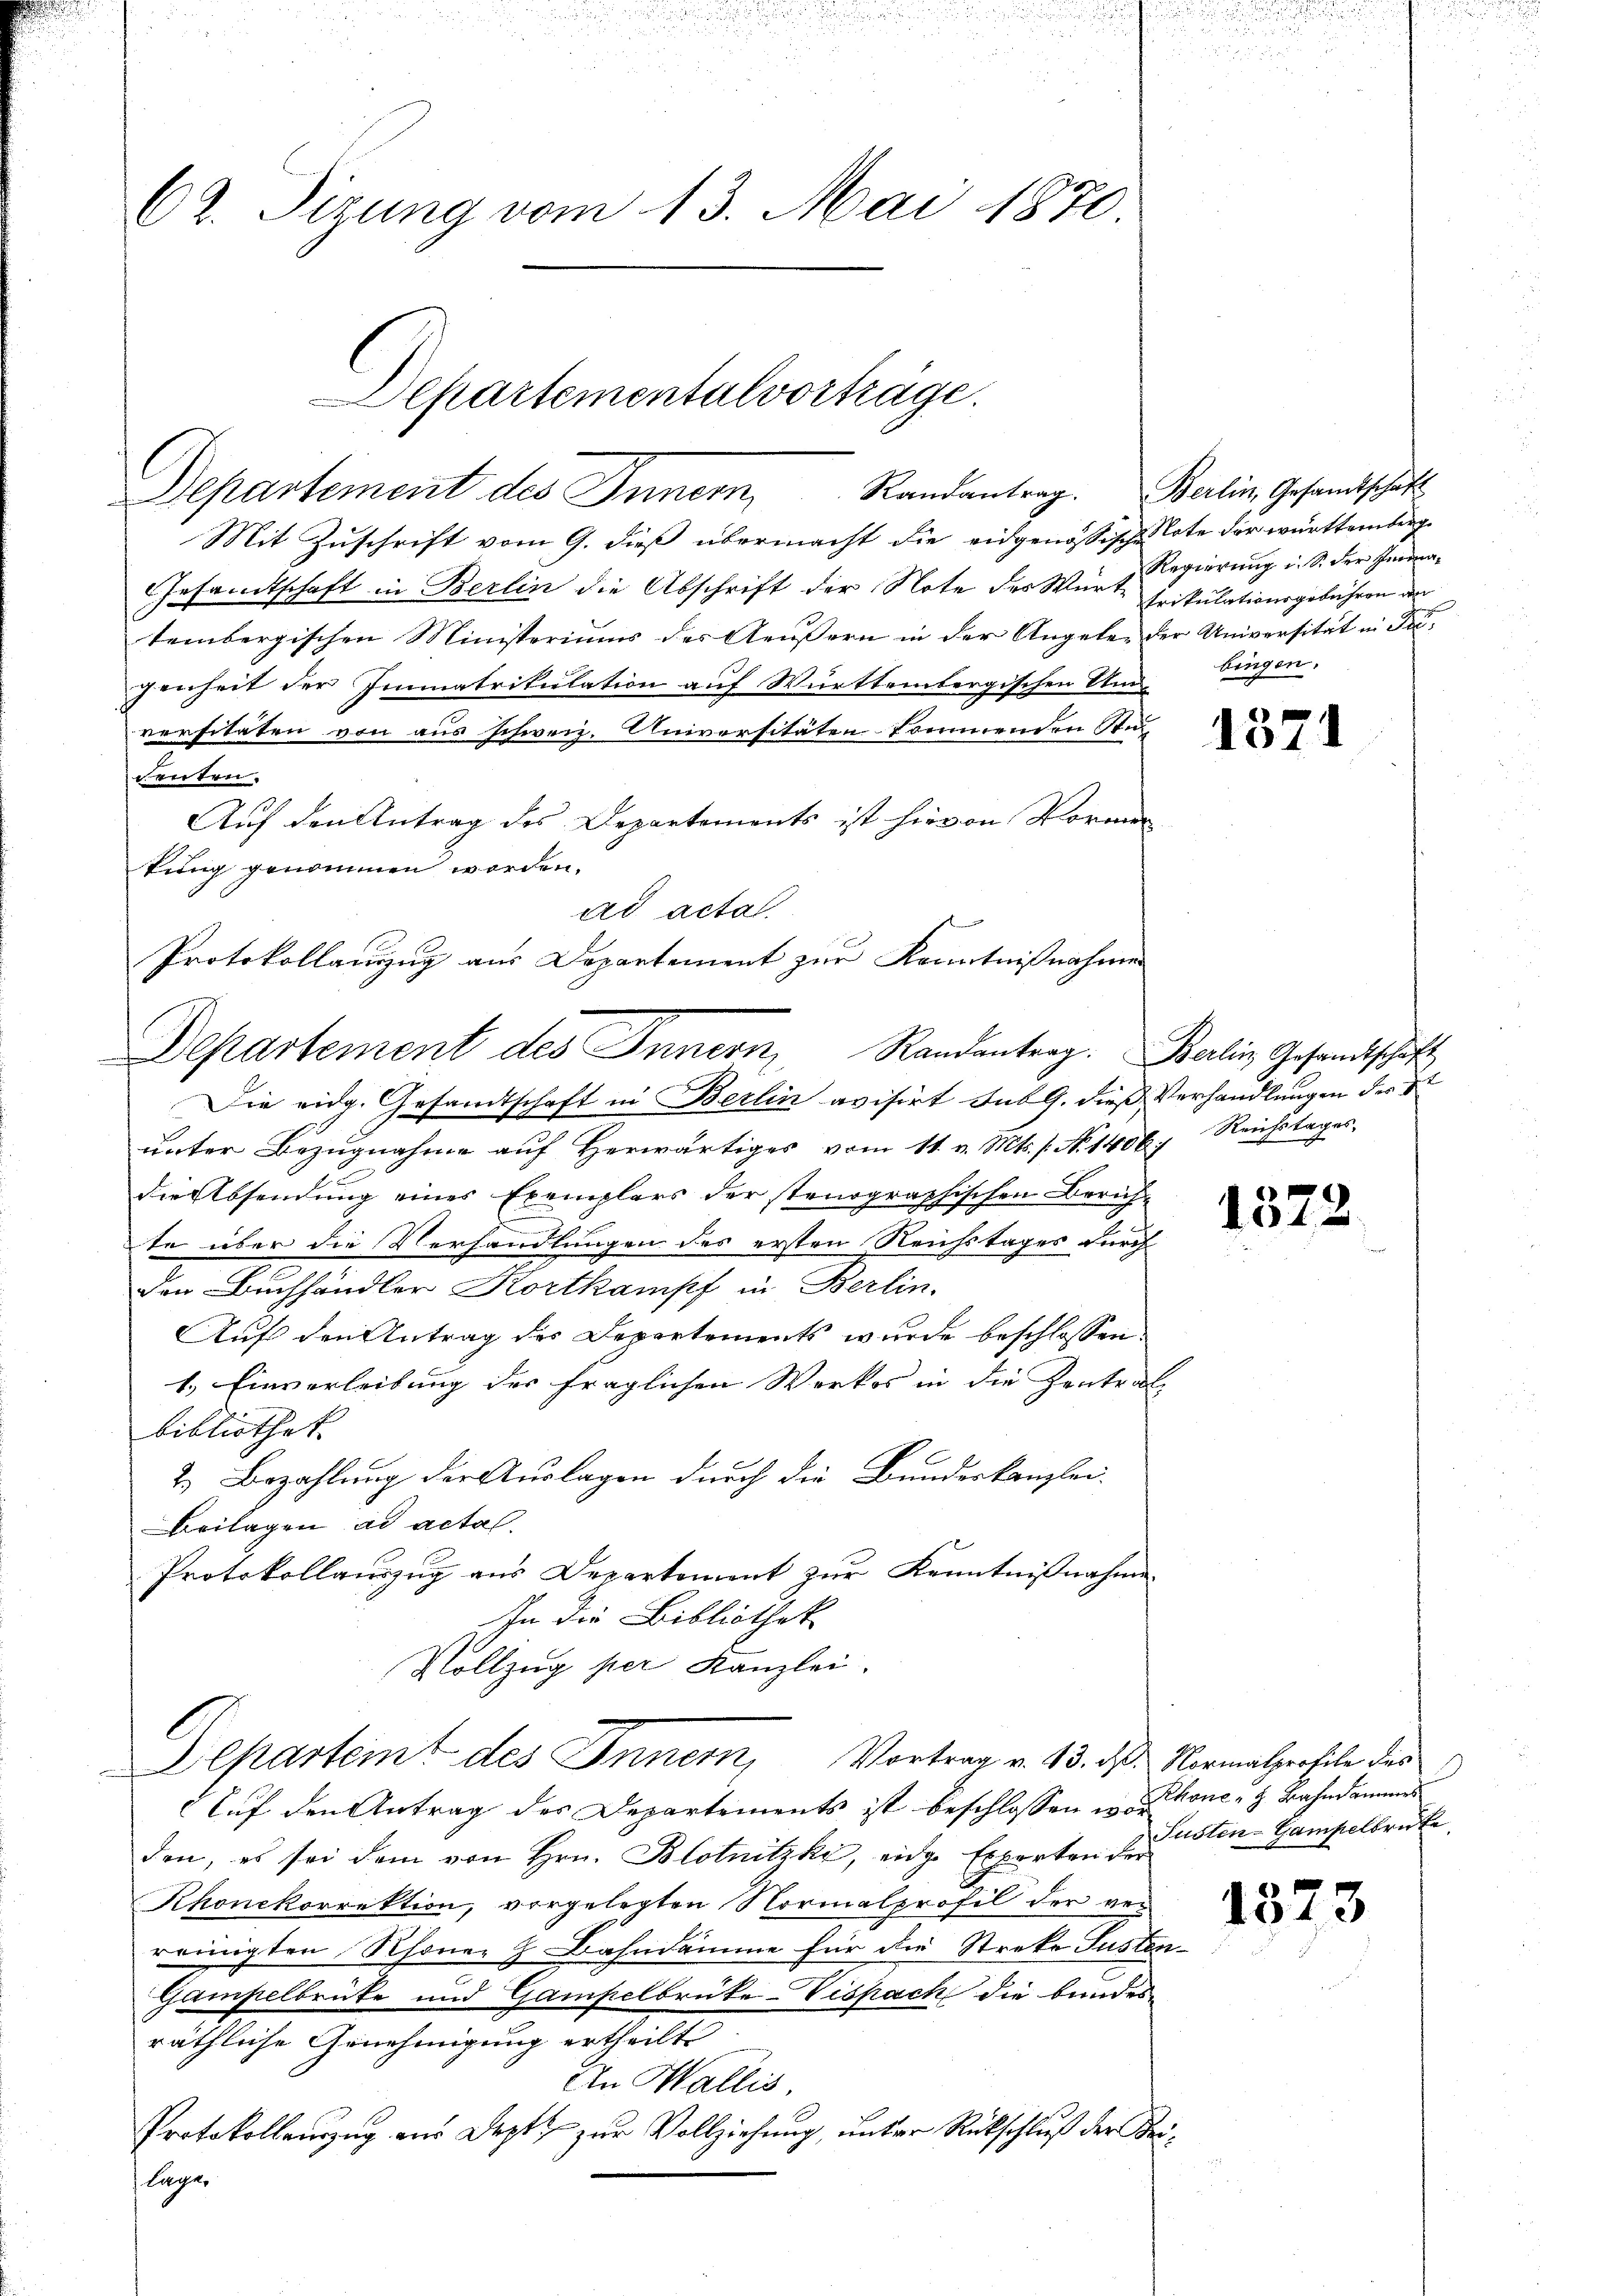
din

n
u
u
62. Sizung vom 13. Mai 1870.

Departementalvorträge.
Departement des Innern Randantrag. Berlin, Gesandtschaft

Mit Zuschrift vom 9. dieß übermacht die eidgenössische Note der württemberg
Gesandtschaft in Berlin die Abschrift der Note des Würte Frikulationsgebühren an
tembergischen Ministeriums des Aeussern in der Angelen der Universität in dei-
genheit der Immatrikulation auf Württembergischen Umversitäten von aus schweiz. Universitätenkommenden Sti
enten.
Auf den Antrag des Departements ist hievon Norma
kung genommen worden.
ad acta.
Protokollanzug aus Departement zur Kenntnißnahmen
Die eidg. Gesamtschaft in Berlin avisirt sub 9. dieß Verhandlungen der S
unter Bezugnahme auf Herwärtiges vom 11. v. Mts. s. No 1406 f. Reichstages,
die Absendung eines Exemplars der stenographischen Zürich-
te über die Verhandlungen des ersten Reichstages durch
den Buchhändler Kortkampf in Berlin.
Auf den Antrag des Departements wurde beschlossen
1.) Einverleibung der fraglichen Werkes in die Zentral-
bibliothek
2.) Bezahlung der Auslagen durch die Bundeskanzlei-
Beilagen ad actal.
Protokollauszug aus Departement zur Kenntnißnahme
In die Bibliothek
Vollzug per Kanzlei.
Departeint des Innern, Vortrag v. 13. ds Normalprofile des
Auf den Antrag des Departements ist beschlossen in Rhonen H. Bahndammer
den, es sei dem von Hrn. Blotnizky, eidge Experten der
Khonckorrektion, vorgelegten Normalprofil der ver
reinigten Rhoner H Bahndamme für die Streke Justin¬
Gampelbrücke und Gampelbrüke-Vispach die bundes
räthliche Genehmigung ertheilt
An Wallis.
Protokollauszug aus Sept, zur Vollziehung, unter Rückschluß der Belage,

Departement des Innern Randantrag. Berlin Gesandtschäft

Regierung i. S. der Germabingen.

1371

1372

Susten-Gampelbruke

u

1323